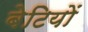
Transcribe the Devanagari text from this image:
बेटियाें